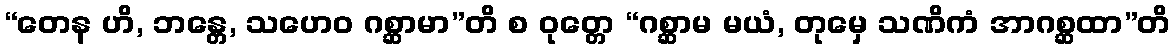
“တေန ဟိ, ဘန္တေ, သဟေဝ ဂစ္ဆာမာ”တိ စ ဝုတ္တေ “ဂစ္ဆာမ မယံ, တုမှေ သဏိကံ အာဂစ္ဆထာ”တိ